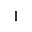
1